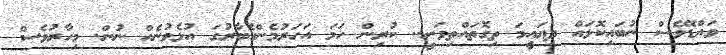
ވައްޑޭވެސް ނުބައިކޮޅައް ދިޔައީމަ ތިގޮތައްތިވަނީ.. ކުރިން ހަމަ އަހަރުމެންގެބާރުގަ އުޅެވުނެއް ނުން. މިހާރުވެސް